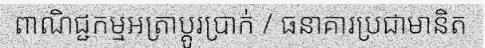
ពាណិជ្ជកម្មអត្រាប្តូរប្រាក់ / ធនាគារប្រជាមានិត